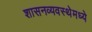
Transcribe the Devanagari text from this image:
शासनव्यवस्थेमध्ये